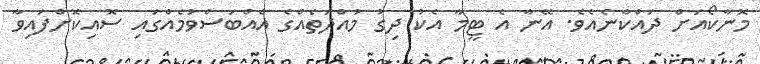
މޮނާކޯއަށް ދައްކާނެއެވެ. އޭނާ އެ ޓީމާ އެކު ދިގު މުއްދަތެއްގެ އެއްބަސްވުމެއްގައި ސޮއިކޮށްފައިވާ